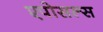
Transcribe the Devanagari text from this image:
एपोसल्स